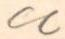
cc